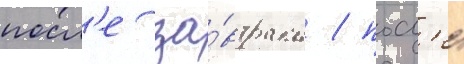
посл'е за́втрака / посл'е